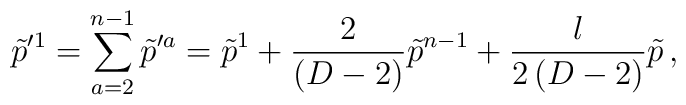
\tilde p^{\prime 1} =\sum_{a=2}^{n-1} \tilde p^{\prime a} = \tilde p^1 +{2\over(D-2)}\tilde p^{n-1}+{l\over 2\, (D-2)} \tilde p \, ,